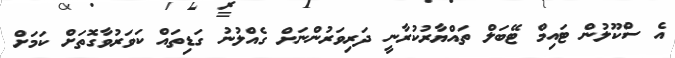
އެ ސްކޫލުން ޓައިމް ޓޭބަލް ތައްޔާރުކުރާނީ ދަރިވަރުންނަށް ގެއްލުނު ގަޑިތައް ކަވަރުވާގޮތަށް ކަމަށް